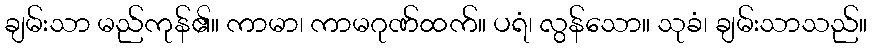
ချမ်းသာ မည်ကုန်၏။ ကာမာ၊ ကာမဂုဏ်ထက်။ ပရံ၊ လွန်သော။ သုခံ၊ ချမ်းသာသည်။